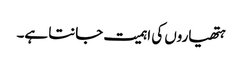
ہتھیاروں کی اہمیت جانتا ہے۔